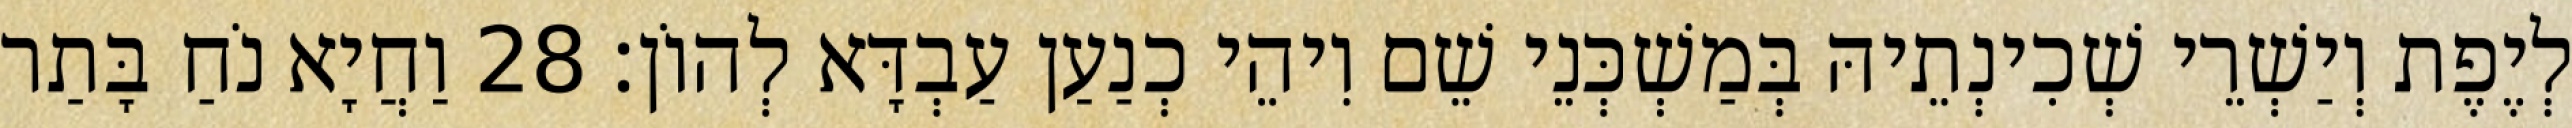
לְיֶפֶת וְיַשְׁרֵי שְׁכִינְתֵיהּ בְּמַשְׁכְּנֵי שֵׁם וִיהֵי כְנַעַן עַבְדָּא לְהוֹן׃ 28 וַחֲיָא נֹחַ בָּתַר